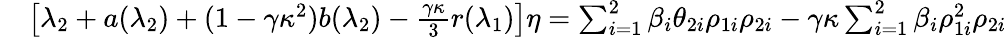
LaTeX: \begin{array}{rl}&{\left[\lambda_{2}+a(\lambda_{2})+(1-\gamma\kappa^{2})b(\lambda_{2})-\frac{\gamma\kappa}{3}r(\lambda_{1})\right]\eta=\sum_{i=1}^{2}\beta_{i}\theta_{2i}\rho_{1i}\rho_{2i}-{\gamma}\kappa\sum_{i=1}^{2}\beta_{i}\rho_{1i}^{2}\rho_{2i}}\end{array}